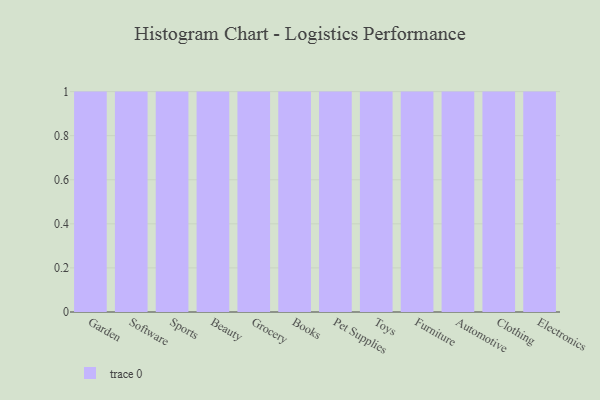
{"axis": {"x": "Category", "y": "Inventory Turnover"}, "legend": [""], "data": [{"x": "Garden", "y": 100, "type": ""}, {"x": "Software", "y": 12, "type": ""}, {"x": "Sports", "y": 63, "type": ""}, {"x": "Beauty", "y": 31, "type": ""}, {"x": "Grocery", "y": 95, "type": ""}, {"x": "Books", "y": 44, "type": ""}, {"x": "Pet Supplies", "y": 73, "type": ""}, {"x": "Toys", "y": 38, "type": ""}, {"x": "Furniture", "y": 43, "type": ""}, {"x": "Automotive", "y": 50, "type": ""}, {"x": "Clothing", "y": 1, "type": ""}, {"x": "Electronics", "y": 95, "type": ""}]}